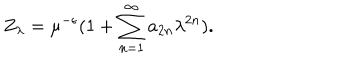
Z _ { \lambda } = \mu ^ { - \epsilon } ( 1 + \sum _ { n = 1 } ^ { \infty } a _ { 2 n } \lambda ^ { 2 n } ) .